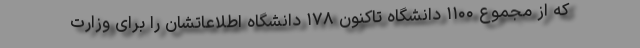
که از مجموع ۱۱۰۰ دانشگاه تاکنون ۱۷۸ دانشگاه اطلاعاتشان را برای وزارت